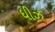
ધીઝ